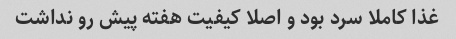
غذا کاملا سرد بود و اصلا کیفیت هفته پیش رو نداشت